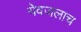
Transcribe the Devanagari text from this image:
येवजलाच